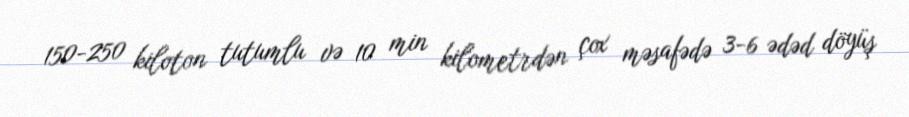
150-250 kiloton tutumlu və 10 min kilometrdən çox məsafədə 3-6 ədəd döyüş